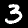
Label: 3